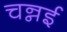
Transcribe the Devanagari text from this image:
चन्नई